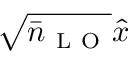
\sqrt { \bar { n } _ { \mathrm { ~ L ~ O ~ } } } \hat { x }